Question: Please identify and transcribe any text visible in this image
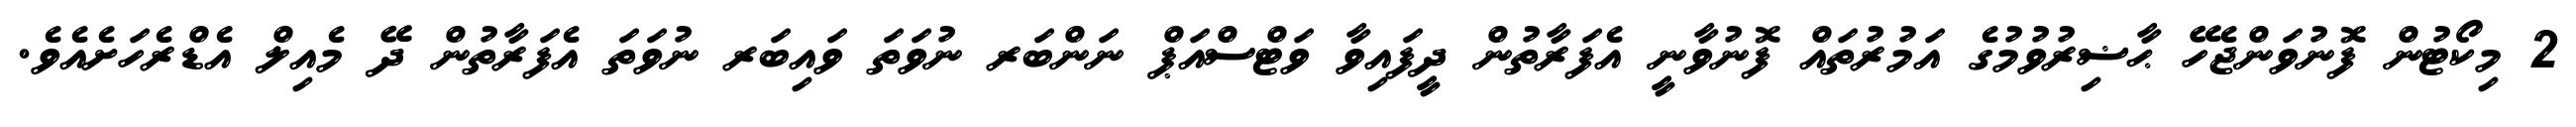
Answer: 2 މިކޯޓުން ފޮނުވަންޖެހޭ ޙާޟިރުވުމުގެ އަމުރުތައް ފޮނުވާނީ އެފަރާތުން ދީފައިވާ ވަޓްސްއަޕް ނަންބަރ ނުވަތަ ވައިބަރ ނުވަތަ އެފަރާތުން ދޭ މެއިލް އެޑްރެހަށެއެވެ.